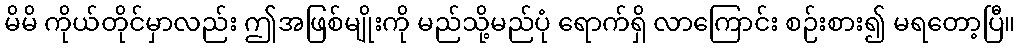
မိမိ ကိုယ်တိုင်မှာလည်း ဤအဖြစ်မျိုးကို မည်သို့မည်ပုံ ရောက်ရှိ လာကြောင်း စဉ်းစား၍ မရတော့ပြီ။